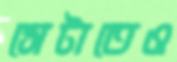
সেটাতেও